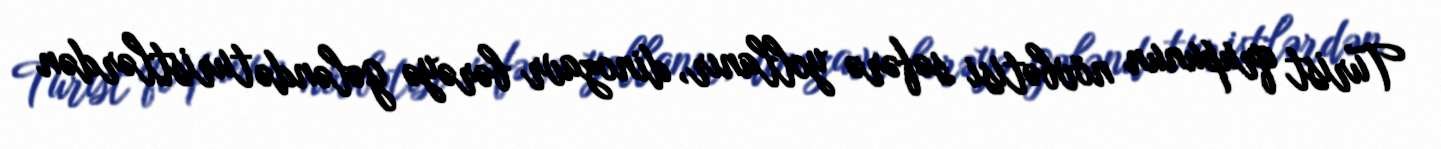
Turist qrupunun növbətisi səfərə yollanır, dinozavr bərəyə gələndə turistlərdən